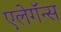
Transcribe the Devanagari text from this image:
एलेगॅन्स